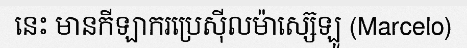
នេះ មានកីឡាករប្រេស៊ីលម៉ាស្ស៊េឡូ (Marcelo)